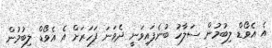
އެ އެވޯޑް ލިބުމުން ސަލާހު ބުނެފައިވަނީ ދެވަނަ ފަހަރަށް އެ އެވޯޑް ލިބުމުން